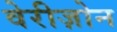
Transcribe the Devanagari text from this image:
वेरीज़ोन